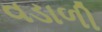
વડાળી